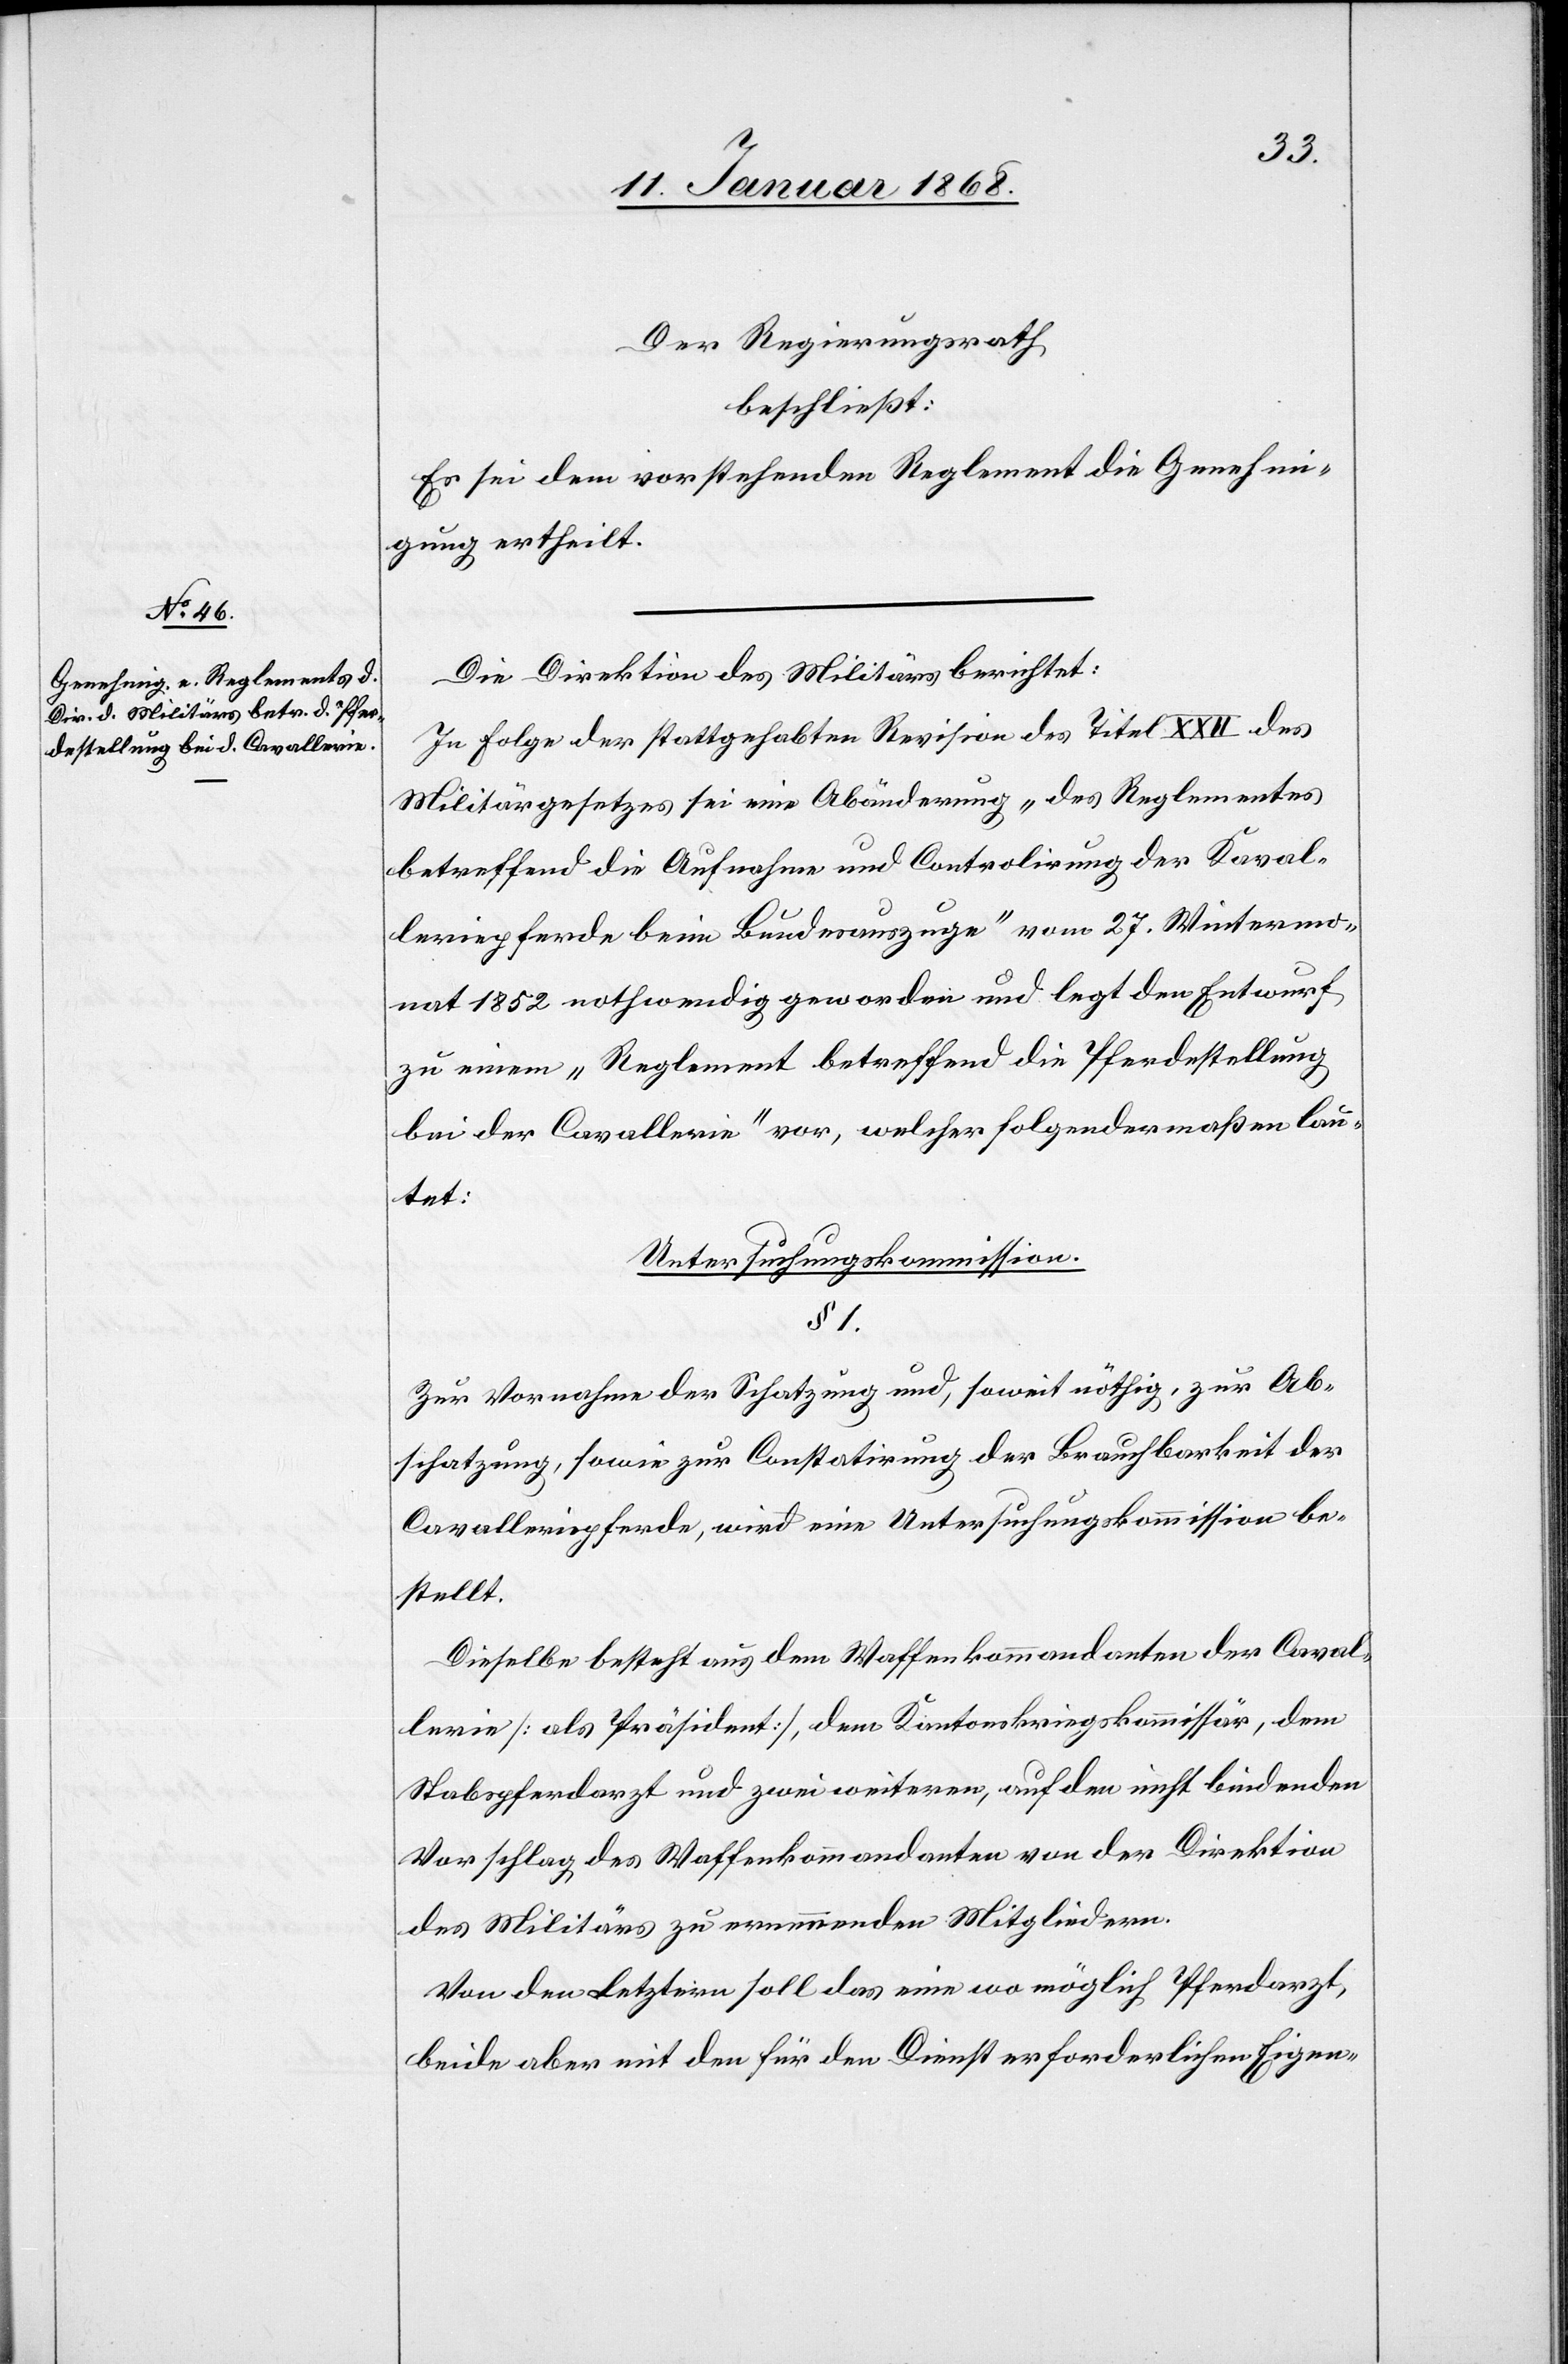
Der Regierungsrath
beschließt:
Es sei dem vorstehenden Reglement die Genehmi¬
gung ertheilt.
Die Direktion des Militärs berichtet:
In Folge der stattgehabten Revision des Titel XXII des
Militärgesetzes sei eine Abänderung „des Reglementes
betreffend die Aufnahme und Controlirung der Kaval¬
leriepferde beim Bundesauszuge“ vom 27. Wintermo¬
nat 1852 nothwendig geworden und legt den Entwurf
zu einem „Reglement betreffend die Pferdestellung
bei der Cavallerie“ vor, welcher folgendermaßen lau¬
tet:
Untersuchungskommission.
§ 1.
Zur Vornahme der Schatzung und, soweit nöthig, zur Ab¬
schatzung, sowie zur Constatirung der Brauchbarkeit der
Cavalleriepferde, wird eine Untersuchungskommission be¬
stellt.
Dieselbe besteht aus dem Waffenkommandanten der Caval¬
lerie [als Präsident], dem Kantonskriegskommissär, dem
Stabspferdarzt und zwei weiteren, auf den nicht bindenden
Vorschlag des Waffenkommandanten von der Direktion
des Militärs zu ernennenden Mitgliedern.
Von den Letztern soll das eine wo möglich Pferdarzt,
beide aber mit den für den Dienst erforderlichen Eigen-